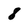
Character: 8